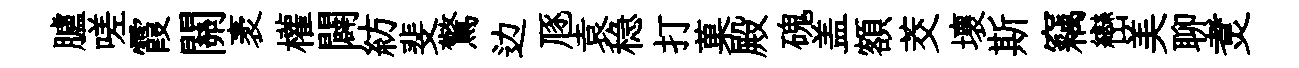
臚嗟霞關袤權闢紡斐驚边豗袁稳打菓殿磈盖額茭壞斯竊巒美聊煑